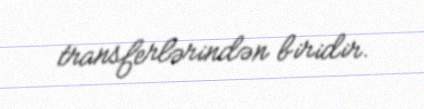
transferlərindən biridir.